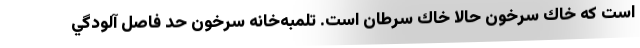
است كه خاك سرخون حالا خاك سرطان است. تلمبه‌خانه سرخون حد فاصل آلودگي